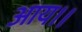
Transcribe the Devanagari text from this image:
आय।।